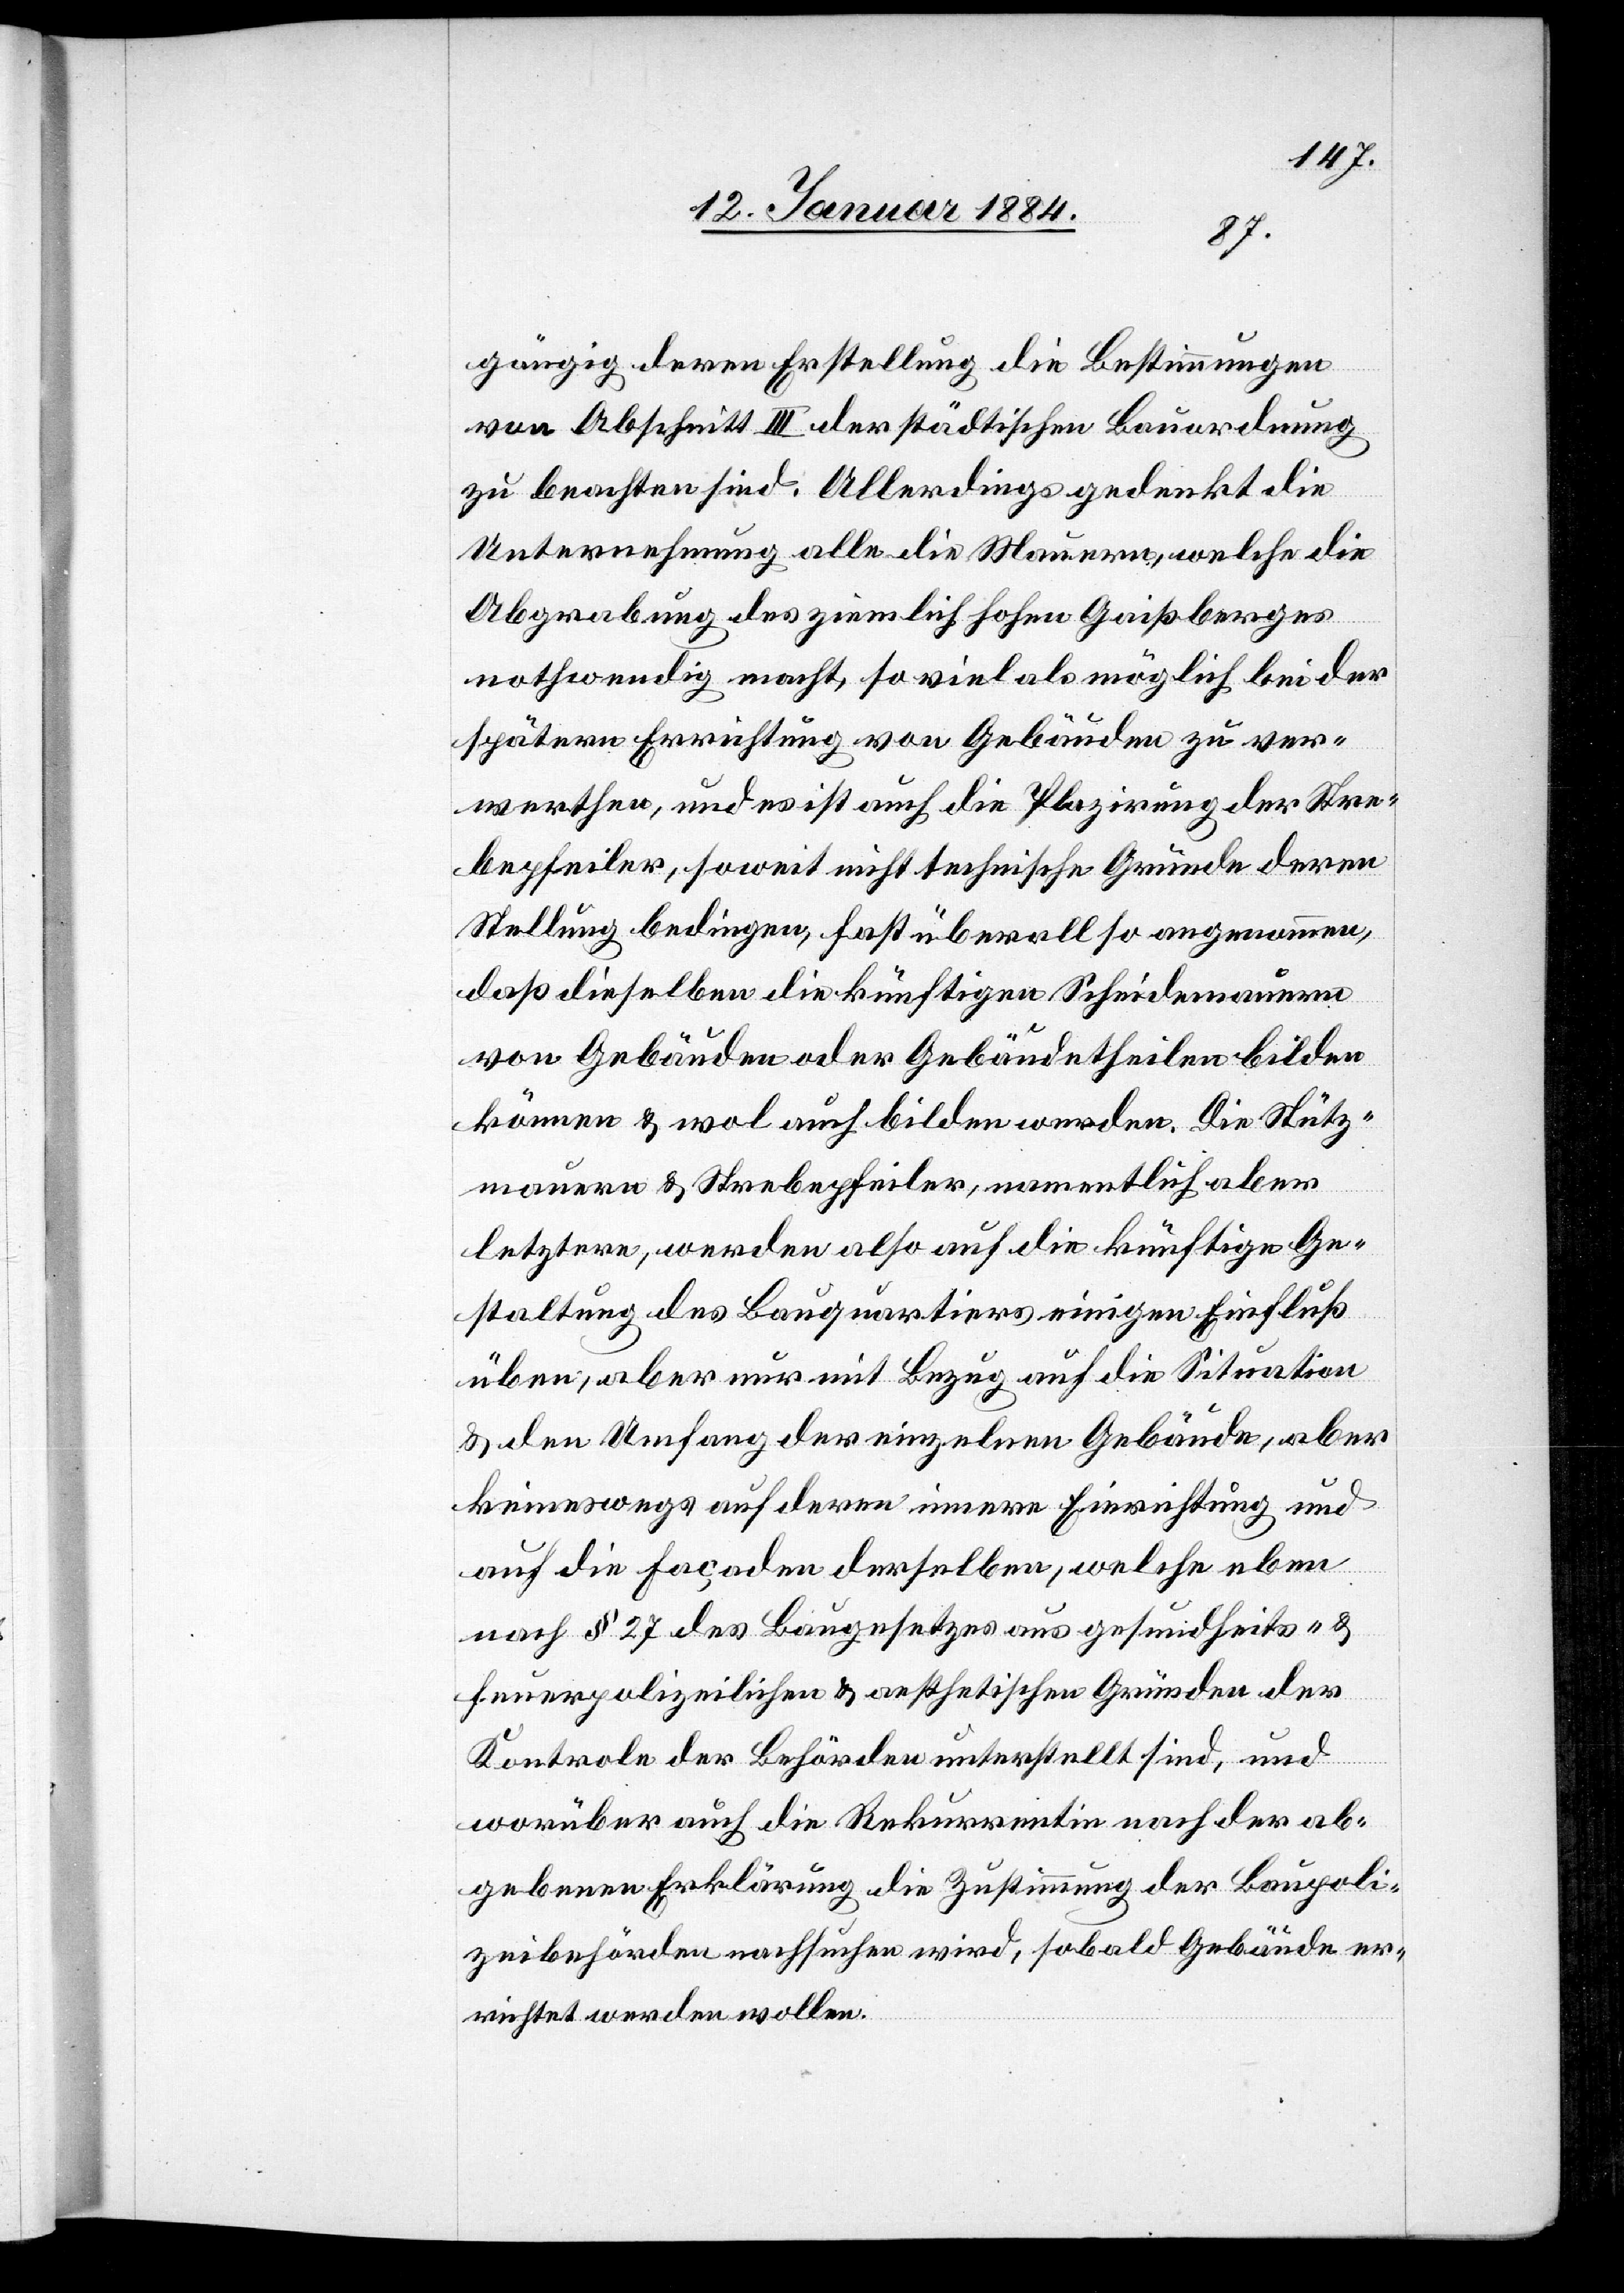
gängig deren Erstellung die Bestimmungen
von Abschnitt III der städtischen Bauordnung
zu beachten sind. Allerdings gedenkt die
Unternehmung alle die Mauern, welche die
Abgrabung des ziemlich hohen Gaißberges
nothwendig macht, so viel als möglich bei der
spätern Errichtung von Gebäuden zu ver¬
werthen, und es ist auch die Plazirung der Stre¬
bepfeiler, soweit nicht technische Gründe deren
Stellung bedingen, fast überall so angenommen,
daß dieselben die künftigen Schneidemauern
von Gebäuden oder Gebäudetheilen bilden
können & wol auch bilden werden. Die Stütz¬
mauern & Strebepfeiler, namentlich aber
letztere, werden also auf die künftige Ge¬
staltung des Bauquartiers einigen Einfluß
üben; aber nur mit Bezug auf die Situation
& den Umfang der einzelnen Gebäude, aber
keineswegs auf deren innere Einrichtung und
auf die Façade derselben, welche eben
nach § 27 des Baugesetzes aus gesundheits- &
feuerpolizeilichen & aesthetischen Gründen der
Kontrole der Behörden unterstellt sind, und
worüber auch die Rekurrentin nach der abge¬
geben Erklärung die Zustimmung der Baupoli¬
zeibehörden nachsuchen wird, sobald Gebäude er¬
richtet werden wollen.